Scottish Education Department, 1929
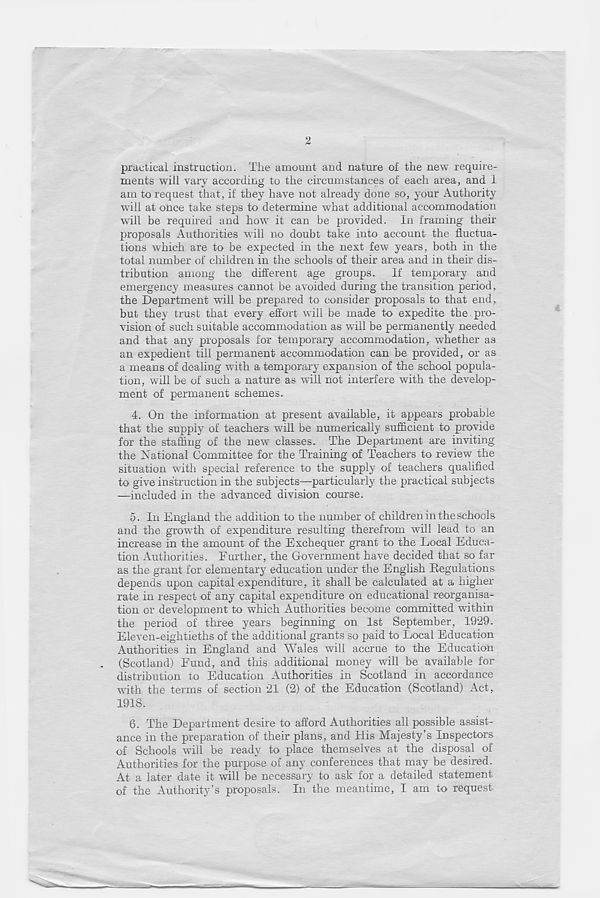
2
practical instruction. The amount and nature of the new require-
ments will vary according to the circumstances of each area, and I
am to request that, if they have not already done so, your Authority
will at once take steps to determine what additional accommodation
will be required and how it can be provided. In framing their
proposals Authorities will no doubt take into account the fluctua-
tions which are to be expected in the next few years, both in the
total number of children in the schools of their area and in their dis-
tribution among the different age groups. If temporary and
emergency measures cannot be avoided during the transition period,
the Department will be prepared to consider proposals to that end,
but they trust that every effort will be made to expedite the pro-
vision of such suitable accommodation as will be permanently needed
and that any proposals for temporary accommodation, whether as
an expedient till permanent accommodation can be provided, or as
a means of dealing with a temporary expansion of the school popula-
tion, will be of such a nature as will not interfere with the develop-
ment of permanent schemes.
4. On the information at present available, it appears probable
that the supply of teachers will be numerically sufficient to provide
for the staffing of the new classes. The Department are inviting
the National Committee for the Training of Teachers to review the
situation with special reference to the supply of teachers qualified
to give instruction in the subjects—-particularly the practical subjects
—included in the advanced division course.
5. In England the addition to the number of children in the schools
and the growth of expenditure resulting therefrom will lead to an
increase in the amount of the Exchequer grant to the Local Educa-
tion Authorities. Further, the Government have decided that so far
as the grant for elementary education under the English Regulations
depends upon capital expenditure, it shall be calculated at a higher
rate in respect of any capital expenditure oh educational reorganisa-
tion or development to which Authorities become committed within
the period of three years beginning on 1st September, 1929.
Eleven-eightieths of the additional grants so paid to Local Education
Authorities in England and Wales will accrue to the Education
(Scotland) Fund, and this additional money will be available for
distribution to Education Authorities in Scotland in accordance
with the terms of section 21 (2) of the Education (Scotland) Act,
1918.
6. The Department desire to afford Authorities all possible assist-
ance in the preparation of their plans, and His Majesty’s Inspectors
of Schools will be ready to place themselves at the disposal of
Authorities for the purpose of any conferences that may be desired.
At a later date it will be necessary to ask for a detailed statement
of the Authority’s proposals. In the meantime, I am to request